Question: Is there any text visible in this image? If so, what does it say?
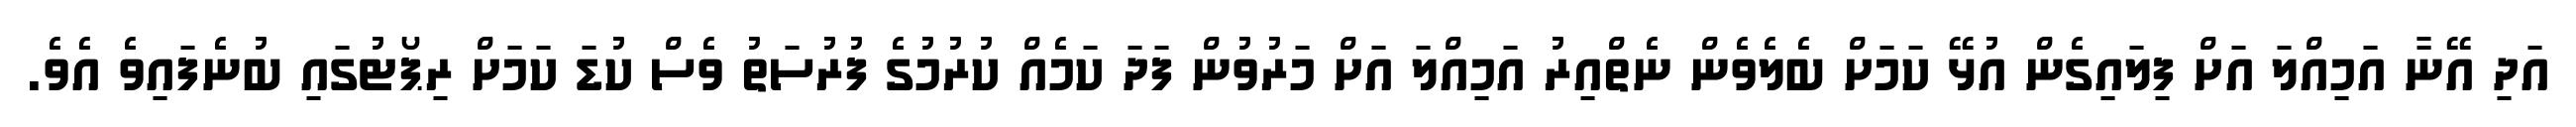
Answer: އަދި އޭނާ އަމިއްލަ އަށް ފިލައިގެން އުޅޭ ކަމަށް ބެލެވެން ނެތްއިރު އަމިއްލަ އަށް މަރުވުން ފަދަ ކަމެއް ކުރުމުގެ ފުރުސަތު ވެސް ކުޑަ ކަމަށް ރިޕޯޓުގައި ބުނެފައިވެ އެވެ.